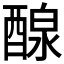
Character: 𨡹